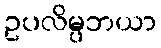
ဥပလိမ္ပဘယာ